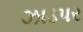
ઝાડપર